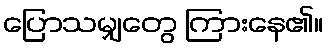
ပြောသမျှတွေ ကြားနေ၏။